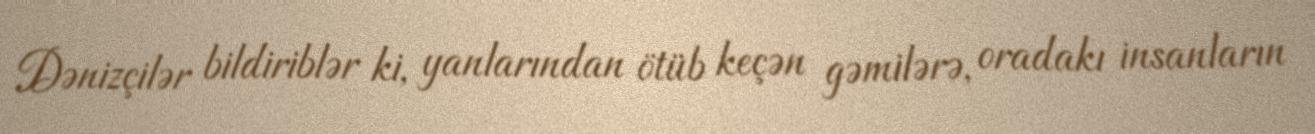
Dənizçilər bildiriblər ki, yanlarından ötüb keçən gəmilərə, oradakı insanların